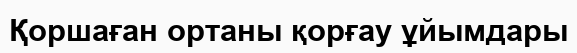
Қоршаған ортаны қорғау ұйымдары